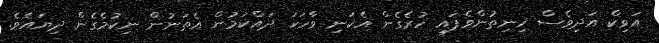
އަވިކް އަދިވެސް ހިނިތުންވެފައި ހުރެގެން އެކަނި ވާހަކަ ދައްކަމުން އެތަނުން ނިކުމެގެން ދިޔައެވެ.